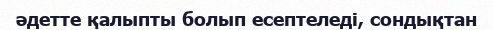
әдетте қалыпты болып есептеледі, сондықтан